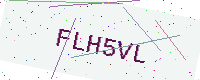
Text: FLH5VL